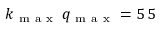
k _ { \mathrm { ~ m ~ a ~ x ~ } } \, q _ { \mathrm { ~ m ~ a ~ x ~ } } = 5 \, 5